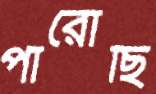
পারোছি